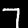
Label: 7